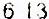
6.13